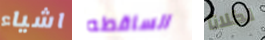
اشياء الساقطه لكلانا